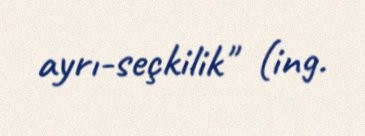
ayrı-seçkilik" (ing.